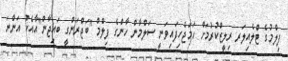
ފިލްމުގެ ޓްލެއިލަރ ރިލީޒްކުރުމަށް ހަމަޖެހިފައިވަނީ ސަލްމާން ހާންގެ ފިލްމް "ބަޖްރަންގީ ބައިޖާން"އާއެކު އަންނަ